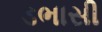
ડભાસી